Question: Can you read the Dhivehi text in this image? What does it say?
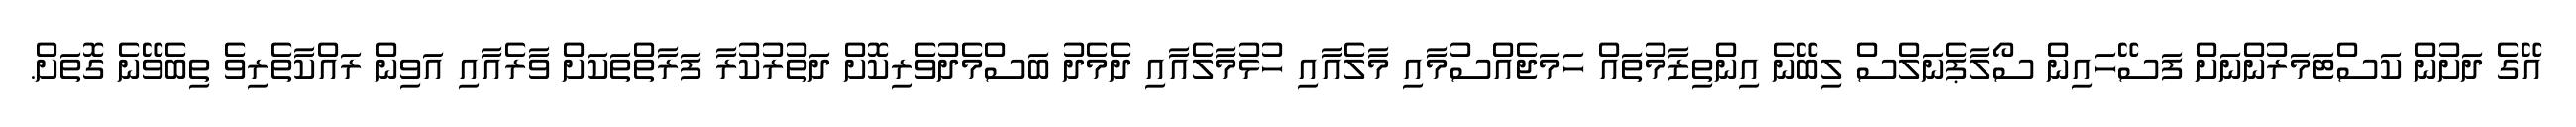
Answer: އޭގެ ދަށުން ކަސްޓަމަރުންނަށް ފަސޭހައިން ސޯލާޕެނަލްސް ލިބޭނެ އިންތިޒާމުތައް ހަމަޖެއްސުމާއި މާލެއާއި ހުޅުމާލެއާއި ދެމެދު ބަސްމެދުވެރިކޮށް ދަތުރުކުރާ ފަރާތްތަކަށް ވާރެއާއި އަވިން ރައްކާތެރިވެ ތިބެވޭނެ ގޮތަށް.